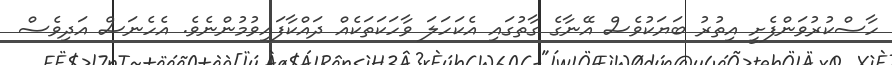
ހާސްކުރުވަންފެށީ އިތުރު ބަޔަކުވެސް އޭނާގެ ގާތުގައި އެކަހަލަ ވާހަކަތަކެއް ދައްކާފައިވުމުންނެވެ. އެހެނަސް އަދިވެސް